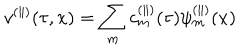
v ^ { ( \parallel ) } ( \tau , x ) = \sum _ { m } c _ { m } ^ { ( \parallel ) } ( \tau ) \psi _ { m } ^ { ( \parallel ) } ( x )